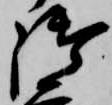
御